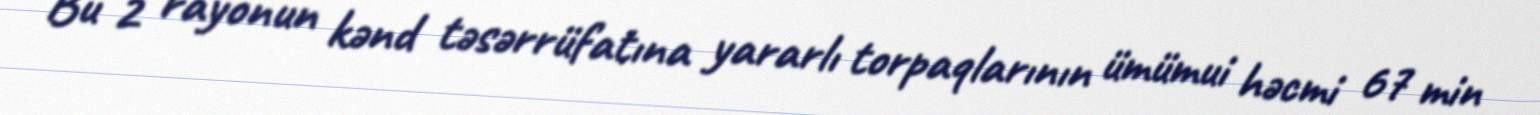
Bu 2 rayonun kənd təsərrüfatına yararlı torpaqlarının ümümui həcmi 67 min